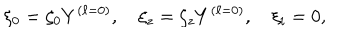
\xi _ { 0 } = \zeta _ { 0 } Y ^ { ( \ell = 0 ) } , \quad \xi _ { z } = \zeta _ { z } Y ^ { ( \ell = 0 ) } , \quad \xi _ { i } = 0 ,